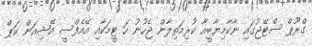
ގްރޫޕް ސްޓޭޖުގައި ނާކާމިޔާބީއާ ކުރިމަތިލާން ޖެހުނު ހަ ޓީމަކާއި އޭއެފްސީ އޭޝިއަން ކަޕް